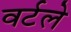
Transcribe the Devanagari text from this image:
वर्टले